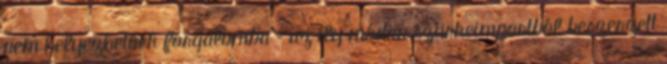
nem helyezhetőek forgalomba – az ily módon szürkeimportból beszerzett